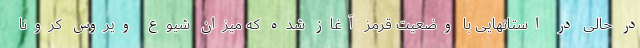
در حالی در استانهایی با وضعیت قرمز آغاز شده که میزان شیوع ویروس کرونا